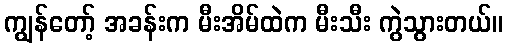
ကျွန်တော့် အခန်းက မီးအိမ်ထဲက မီးသီး ကွဲသွားတယ်။